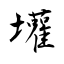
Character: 壦